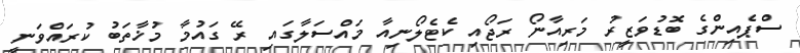
ސްޕެއިންގެ ބޮޑުވަޒީރު މަރިއާނޯ ރަޖޯއި ކެޓެލޯނިއާ މައްސަލާގައި ރޭ ގައުމާ މުޚާތަބު ކުރައްވަނީ